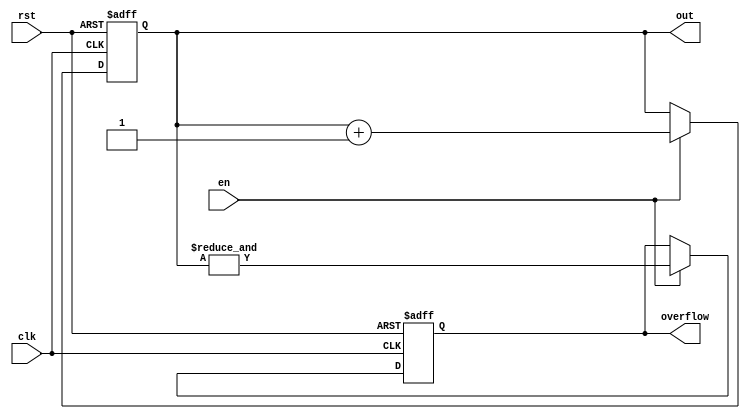
`timescale 1 ns / 100 ps



module counter #(
    //Top level block parameters
    parameter WIDTH = 4
) (
	out,
	clk,
    en,
	rst,
    overflow
);

   

//Output ports
output reg [WIDTH-1:0] out;
output reg          overflow;
   

//Input ports
input clk;
input rst;
input en;
   



always @(posedge clk or posedge rst) begin
  if (rst) begin
    out <= 0;
    overflow <= 0;
  end else if (en) begin
    out <= out + 1;
    //overflow <= (out == 2 ** WIDTH -1);  
    overflow <= &out;
     
  end
end
endmodule // counter



////module comparator2 (
////	y,
////	a,
////    b
////);
////
////   output       y;
////   input  [1:0] a,b;
////
////   assign y = (a[1] & ~b[1]) | (a[0] & ~b[1] & ~b[0]) | (a[1] & a[0] & ~b[0]);
////   
////
////endmodule // comparator2


module comp_1b (
	a,
    b,
    equal,
    a_larger
);

   output       equal,a_larger;
   input        a,b;

   assign equal    = (a  & b) | (~a & ~b);
   assign a_larger = (a  & ~b);
   

endmodule // comp_1b


              
module comp_2b (
	a_gt_b,
	a,
    b
);

   output       a_gt_b;
   input  [1:0] a,b;

   wire [1:0]   e,agt;

   comp_1b comp0(.a(a[0]),.b(b[0]),.equal(e[0]),.a_larger(agt[0]));
   comp_1b comp1(.a(a[1]),.b(b[1]),.equal(e[1]),.a_larger(agt[1]));

   assign a_gt_b = agt[1] | (agt[0] & e[1]);
   

endmodule // comp_2b



module comp_4b (
	a_gt_b,
	a,
    b
);

   output       a_gt_b;
   input  [3:0] a,b;

   wire [3:0]   e,agt;

   comp_1b comp0(.a(a[0]),.b(b[0]),.equal(e[0]),.a_larger(agt[0]));
   comp_1b comp1(.a(a[1]),.b(b[1]),.equal(e[1]),.a_larger(agt[1]));
   comp_1b comp2(.a(a[2]),.b(b[2]),.equal(e[2]),.a_larger(agt[2]));
   comp_1b comp3(.a(a[3]),.b(b[3]),.equal(e[3]),.a_larger(agt[3]));

   assign a_gt_b = agt[3] | (agt[2] & e[3]) | (agt[1] & e[3] & e[2]) | (agt[0] & e[3] & e[2] & e[1]);
   

endmodule // comp_4b


module comp_8b (
	a_gt_b,
	a,
    b
);

   output       a_gt_b;
   input  [7:0] a,b;

   wire [7:0]   e,agt;

   wire         e76,e75,e74,e73,e72,e71;
   

   comp_1b comp0(.a(a[0]),.b(b[0]),.equal(e[0]),.a_larger(agt[0]));
   comp_1b comp1(.a(a[1]),.b(b[1]),.equal(e[1]),.a_larger(agt[1]));
   comp_1b comp2(.a(a[2]),.b(b[2]),.equal(e[2]),.a_larger(agt[2]));
   comp_1b comp3(.a(a[3]),.b(b[3]),.equal(e[3]),.a_larger(agt[3]));
   comp_1b comp4(.a(a[4]),.b(b[4]),.equal(e[4]),.a_larger(agt[4]));
   comp_1b comp5(.a(a[5]),.b(b[5]),.equal(e[5]),.a_larger(agt[5]));
   comp_1b comp6(.a(a[6]),.b(b[6]),.equal(e[6]),.a_larger(agt[6]));
   comp_1b comp7(.a(a[7]),.b(b[7]),.equal(e[7]),.a_larger(agt[7]));

   assign e76 = e[7] & e[6];
   assign e75 = e76  & e[5];
   assign e74 = e75  & e[4];
   assign e73 = e74  & e[3];
   assign e72 = e73  & e[2];
   assign e71 = e72  & e[1];
   
   assign a_gt_b = agt[7] | (agt[6] & e[7]) | (agt[5] & e76) | (agt[4] & e75) | (agt[3] & e74) | (agt[2] & e73) | (agt[1] & e72) | (agt[0] & e71);
   

endmodule // comp_8b


module prg_4b (
	clk,
    rst,
    en,
    bin_in,
    sn_out,
    ctr_overflow  
);

   input       clk,rst,en;
   input [3:0] bin_in;
   output      sn_out,ctr_overflow;

   wire [3:0]  ctr4_out;
   
   

counter #(
   .WIDTH (4)
) ctr4 (
  .clk(clk),
  .rst(rst),
  .en(en),
  .out(ctr4_out),
  .overflow(ctr_overflow)
);


comp_4b     comp4 (.a(bin_in), .b(ctr4_out), .a_gt_b(sn_out));

endmodule // prg_4b


module det_stoch_mul (
	a,
    b,
    y
);

   input a,b;
   output y;

   assign y = a & b;

endmodule // det_stoch_mul



module shift_reg_16b (
    clk,
	scan_in,
    wrap_mode,
    en,
    rst,
    shiftreg_out
);

   input         scan_in,wrap_mode,rst,en,clk;
   output  [15:0] shiftreg_out;
   

   reg [15:0]    shiftreg;

   wire          si_int;
   

   always @(posedge clk or posedge rst) begin
     if (rst) begin
       shiftreg <= 0;
     end else if (en) begin
       shiftreg <= {shiftreg[14:0],si_int};
     end
   end
   

   assign si_int = ((~wrap_mode) & (scan_in)) | ((wrap_mode) & (shiftreg[15]));
   assign shiftreg_out = shiftreg;
   

endmodule // shift_reg_16b


module pipe_mul_16b (
	a,
    b,
    y
);

   input  [15:0] a,b;
   output [15:0] y;

   assign y[0]  = a[0]  & b[0];
   assign y[1]  = a[1]  & b[1];
   assign y[2]  = a[2]  & b[2];
   assign y[3]  = a[3]  & b[3];
   assign y[4]  = a[4]  & b[4];
   assign y[5]  = a[5]  & b[5];
   assign y[6]  = a[6]  & b[6];
   assign y[7]  = a[7]  & b[7];
   assign y[8]  = a[8]  & b[8];
   assign y[9]  = a[9]  & b[9];
   assign y[10] = a[10] & b[10];
   assign y[11] = a[11] & b[11];
   assign y[12] = a[12] & b[12];
   assign y[13] = a[13] & b[13];
   assign y[14] = a[14] & b[14];
   assign y[15] = a[15] & b[15];
   

endmodule // det_stoch_mul




module ctr_out_bank (
	clk,
    rst,
    mul_in,
    bin_out
);

   input clk,rst;
   input [15:0] mul_in;
   output [31:0] bin_out;
   
   wire  [3:0] ctr0,ctr1,ctr2,ctr3,ctr4,ctr5,ctr6,ctr7,ctr8,ctr9,ctr10,ctr11,ctr12,ctr13,ctr14,ctr15;

   wire [15:0]  unused;
   
   
   counter #( .WIDTH (4) )
   stoch2bin_0 (
   .clk(clk),
   .rst(rst),
   .en(mul_in[0]),
   .out(ctr0),
   .overflow(unused[0])
   );

   counter #( .WIDTH (4) )
   stoch2bin_1 (
   .clk(clk),
   .rst(rst),
   .en(mul_in[1]),
   .out(ctr1),
   .overflow(unused[1])
   );


   counter #( .WIDTH (4) )
   stoch2bin_2 (
   .clk(clk),
   .rst(rst),
   .en(mul_in[2]),
   .out(ctr2),
   .overflow(unused[2])
   );

   counter #( .WIDTH (4) )
   stoch2bin_3 (
   .clk(clk),
   .rst(rst),
   .en(mul_in[3]),
   .out(ctr3),
   .overflow(unused[3])
   );

   counter #( .WIDTH (4) )
   stoch2bin_4 (
   .clk(clk),
   .rst(rst),
   .en(mul_in[4]),
   .out(ctr4),
   .overflow(unused[4])
   );

   counter #( .WIDTH (4) )
   stoch2bin_5 (
   .clk(clk),
   .rst(rst),
   .en(mul_in[5]),
   .out(ctr5),
   .overflow(unused[5])
   );

   counter #( .WIDTH (4) )
   stoch2bin_6 (
   .clk(clk),
   .rst(rst),
   .en(mul_in[6]),
   .out(ctr6),
   .overflow(unused[6])
   );

   counter #( .WIDTH (4) )
   stoch2bin_7 (
   .clk(clk),
   .rst(rst),
   .en(mul_in[7]),
   .out(ctr7),
   .overflow(unused[7])
   );
 
   counter #( .WIDTH (4) )
   stoch2bin_8 (
   .clk(clk),
   .rst(rst),
   .en(mul_in[8]),
   .out(ctr8),
   .overflow(unused[8])
   );

   counter #( .WIDTH (4) )
   stoch2bin_9 (
   .clk(clk),
   .rst(rst),
   .en(mul_in[9]),
   .out(ctr9),
   .overflow(unused[9])
   );

   counter #( .WIDTH (4) )
   stoch2bin_10 (
   .clk(clk),
   .rst(rst),
   .en(mul_in[10]),
   .out(ctr10),
   .overflow(unused[10])
   );

   counter #( .WIDTH (4) )
   stoch2bin_11 (
   .clk(clk),
   .rst(rst),
   .en(mul_in[11]),
   .out(ctr11),
   .overflow(unused[11])
   );

   counter #( .WIDTH (4) )
   stoch2bin_12 (
   .clk(clk),
   .rst(rst),
   .en(mul_in[12]),
   .out(ctr12),
   .overflow(unused[12])
   );

   counter #( .WIDTH (4) )
   stoch2bin_13 (
   .clk(clk),
   .rst(rst),
   .en(mul_in[13]),
   .out(ctr13),
   .overflow(unused[13])
   );

   counter #( .WIDTH (4) )
   stoch2bin_14 (
   .clk(clk),
   .rst(rst),
   .en(mul_in[14]),
   .out(ctr14),
   .overflow(unused[14])
   );

   counter #( .WIDTH (4) )
   stoch2bin_15 (
   .clk(clk),
   .rst(rst),
   .en(mul_in[15]),
   .out(ctr15),
   .overflow(unused[15])
   );

   assign bin_out = ctr0 + ctr1 + ctr2 + ctr3 + ctr4 + ctr5 + ctr6 + ctr7 + ctr8 + ctr9 + ctr10 + ctr11 + ctr12 + ctr13 + ctr14 + ctr15;
   

       

endmodule // ctr_out_bank